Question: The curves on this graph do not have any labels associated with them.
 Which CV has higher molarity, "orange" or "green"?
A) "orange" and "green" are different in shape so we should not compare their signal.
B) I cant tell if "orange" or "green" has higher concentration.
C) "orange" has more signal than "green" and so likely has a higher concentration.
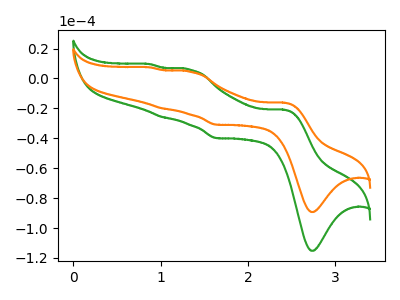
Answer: <think>The green curve "green" has anodic peaks at (2.40V, -20.90uA) (1.35V, 5.85uA) (1.00V, -25.85uA) (0.85V, 9.55uA) and cathodic peaks at (2.75V, -115.20uA) (1.65V, -39.90uA). The orange curve "orange" has anodic peaks at (2.40V, -16.20uA) (1.35V, 4.55uA) (1.00V, -20.05uA) (0.85V, 7.40uA) and cathodic peaks at (2.75V, -89.30uA) (1.65V, -30.90uA).
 All the peaks in "orange" have a peak in "green" at the same potential.</think>
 <answer>B) I cant tell if "orange" or "green" has higher concentration.</answer>
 <eval>B</eval>